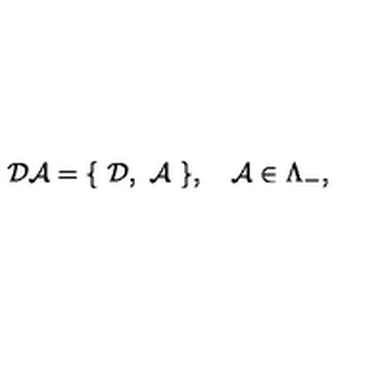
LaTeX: { \cal D A } = \{ \ { \cal D } , \ { \cal A } \ \} , \quad { \cal A } \in \Lambda _ { - } ,